Civil Veterinary Dept. Assam report 1927-50 - 1927-1950
Year: 1927
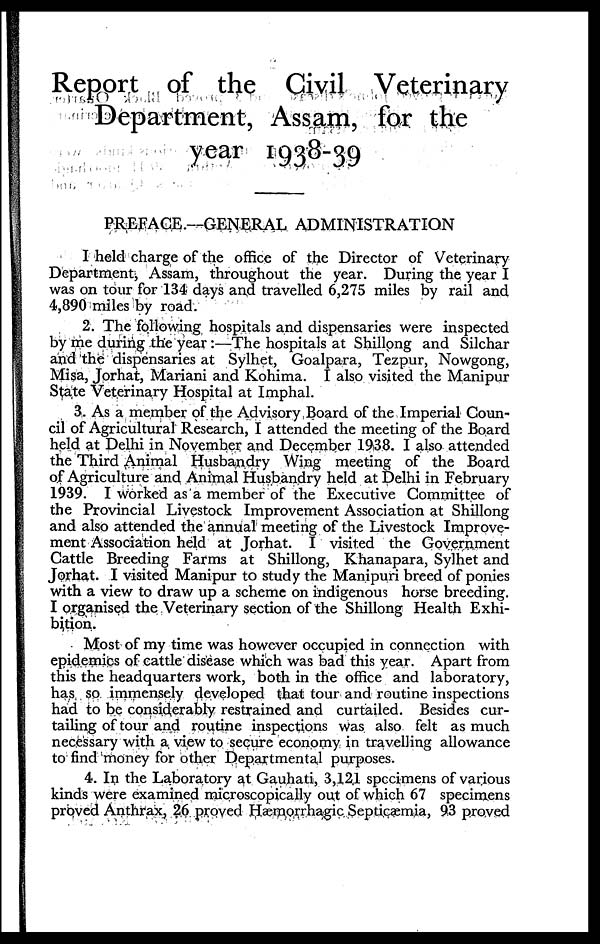
Report of the Civil Veterinary
Department, Assam, for the
year 1938-39
PREFACE.—GENERAL ADMINISTRATION
I held charge of the office of the Director of Veterinary
Department, Assam, throughout the year. During the year I
was on tour for 134 days and travelled 6,275 miles by rail and
4,890 miles by road.
2. The following hospitals and dispensaries were inspected
by me during the year :—The hospitals at Shillong and Silchar
and the dispensaries at Sylhet, Goalpara, Tezpur, Nowgong,
Misa, Jorhat, Mariani and Kohima. I also visited the Manipur
State Veterinary Hospital at Imphal.
3. As a member of the Advisory Board of the Imperial Coun-
cil of Agricultural Research, I attended the meeting of the Board
held at Delhi in November and December 1938. I also attended
the Third Animal Husbandry Wing meeting of the Board
of Agriculture and Animal Husbandry held at Delhi in February
1939. I worked as a member of the Executive Committee of
the Provincial Livestock Improvement Association at Shillong
and also attended the annual meeting of the Livestock Improve-
ment Association held at Jorhat. I visited the Government
Cattle Breeding Farms at Shillong, Khanapara, Sylhet and
Jorhat. I visited Manipur to study the Manipuri breed of ponies
with a view to draw up a scheme on indigenous horse breeding.
I organised the Veterinary section of the Shillong Health Exhi-
bition.
Most of my time was however occupied in connection with
epidemics of cattle disease which was bad this year. Apart from
this the headquarters work, both in the office and laboratory,
has so immensely developed that tour and routine inspections
had to be considerably restrained and curtailed. Besides cur-
tailing of tour and routine inspections was also felt as much
necessary with a view to secure economy in travelling allowance
to find money for other Departmental purposes.
4. In the Laboratory at Gauhati, 3,121 specimens of various
kinds were examined microscopically out of which 67 specimens
proved Anthrax, 26 proved Hæmorrhagic Septicæmia, 93 proved